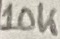
Text: 10K